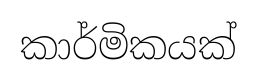
කාර්මිකයක්